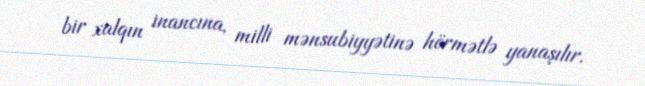
bir xalqın inancına, milli mənsubiyyətinə hörmətlə yanaşılır.